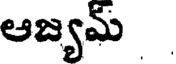
ఆజ్యమ్